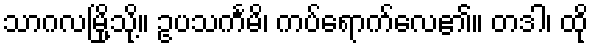
သာဂလမြို့သို့။ ဥပသင်္ကမိ၊ ကပ်ရောက်လေ၏။ တဒါ၊ ထို